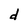
Character: d